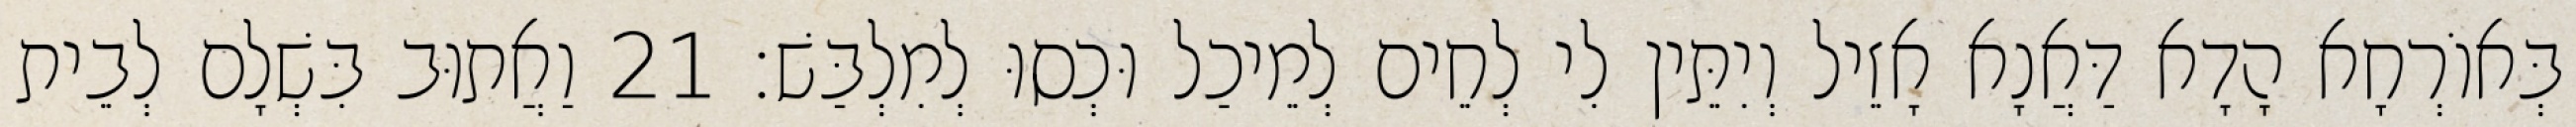
בְּאוֹרְחָא הָדָא דַּאֲנָא אָזֵיל וְיִתֵּין לִי לְחֵים לְמֵיכַל וּכְסוּ לְמִלְבַּשׁ׃ 21 וַאֲתוּב בִּשְׁלָם לְבֵית